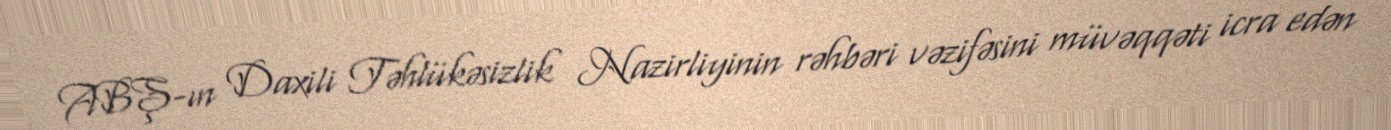
ABŞ-ın Daxili Təhlükəsizlik Nazirliyinin rəhbəri vəzifəsini müvəqqəti icra edən